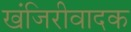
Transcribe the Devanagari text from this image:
खंजिरीवादक